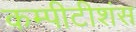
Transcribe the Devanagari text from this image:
कम्पीटीशंस